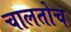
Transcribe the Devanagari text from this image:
चालतोच